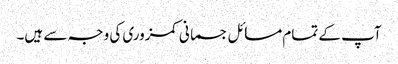
آپ کے تمام مسائل جسمانی کمزوری کی وجہ سے ہیں۔